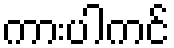
ကားပါကင်